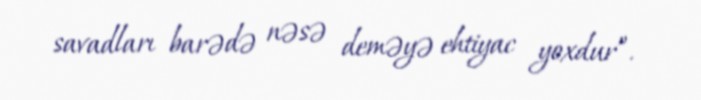
savadları barədə nəsə deməyə ehtiyac yoxdur”.